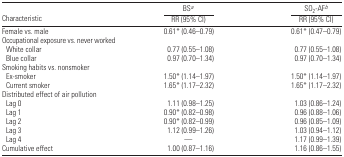
<table><thead><tr><td></td><td><b>BSa</b></td><td><b>SO<sub>2</sub>-AFb</b></td></tr><tr><td><b>Characteristic</b></td><td><b>RR (95% CI)</b></td><td><b>RR (95% CI)</b></td></tr></thead><tbody><tr><td>Female vs. male</td><td>0.61* (0.46–0.79)</td><td>0.61* (0.47–0.79)</td></tr><tr><td colspan="3">Occupational exposure vs. never worked</td></tr><tr><td> White collar</td><td>0.77 (0.55–1.08)</td><td>0.77 (0.55–1.08)</td></tr><tr><td> Blue collar</td><td>0.97 (0.70–1.34)</td><td>0.97 (0.70–1.34)</td></tr><tr><td colspan="3">Smoking habits vs. nonsmoker</td></tr><tr><td> Ex-smoker</td><td>1.50* (1.14–1.97)</td><td>1.50* (1.14–1.97)</td></tr><tr><td> Current smoker</td><td>1.65* (1.17–2.32)</td><td>1.65* (1.17–2.32)</td></tr><tr><td colspan="3">Distributed effect of air pollution</td></tr><tr><td> Lag 0</td><td>1.11 (0.98–1.25)</td><td>1.03 (0.86–1.24)</td></tr><tr><td> Lag 1</td><td>0.90* (0.82–0.98)</td><td>0.96 (0.88–1.06)</td></tr><tr><td> Lag 2</td><td>0.90* (0.82–0.99)</td><td>0.96 (0.85–1.09)</td></tr><tr><td> Lag 3</td><td>1.12 (0.99–1.26)</td><td>1.03 (0.94–1.12)</td></tr><tr><td> Lag 4</td><td>—</td><td>1.17 (0.99–1.39)</td></tr><tr><td>Cumulative effect</td><td>1.00 (0.87–1.16)</td><td>1.16 (0.86–1.55)</td></tr></tbody></table>